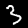
Label: 3